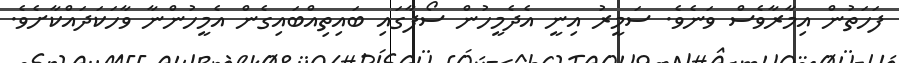
ފަހަތުން އިމާރާވެސް ވަނެވެ. ސަމީރު އިނީ އެދެމީހުން ސޯފާގައި ބައިތިއްބައިގެން އެމީހުންނާ ވާހަކަދައްކާށެވެ.